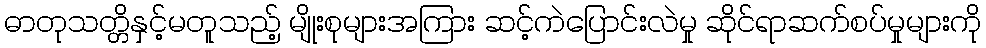
ဓာတုသတ္တိနှင့်မတူသည့် မျိုးစုများအကြား ဆင့်ကဲပြောင်းလဲမှု ဆိုင်ရာဆက်စပ်မှုများကို